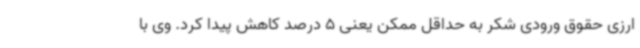
ارزی حقوق ورودی شکر به حداقل ممکن یعنی 5 درصد کاهش پیدا کرد. وی با